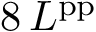
8 \, L ^ { \mathrm { p p } }